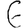
Digit: 6